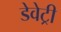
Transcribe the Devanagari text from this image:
डेवेट्री